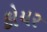
કોયર